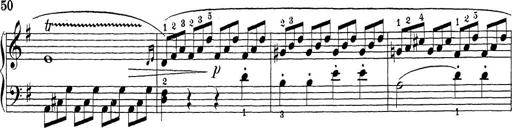
Title: Sonatina Album
Composer: Louis KÃ¶hler